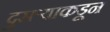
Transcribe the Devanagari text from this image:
दुसर्‍याकडून